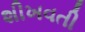
શીખવતી